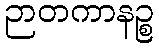
ဉာတကာနဉ္စ